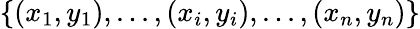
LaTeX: \left\{ (x_{1},y_{1}),...,(x_{i},y_{i}),...,(x_{n},y_{n})\right\}